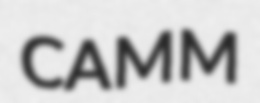
CAMM